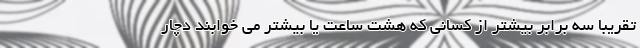
تقریباً سه برابر بیشتر از کسانی که هشت ساعت یا بیشتر می خوابند دچار